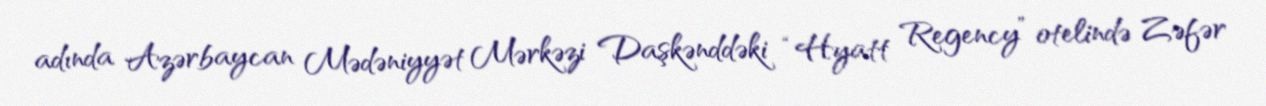
adında Azərbaycan Mədəniyyət Mərkəzi Daşkənddəki “Hyatt Regency” otelində Zəfər